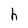
Character: h